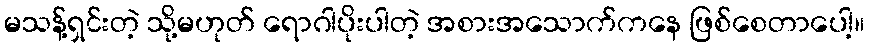
မသန့်ရှင်းတဲ့ သို့မဟုတ် ရောဂါပိုးပါတဲ့ အစားအသောက်ကနေ ဖြစ်စေတာပေါ့။